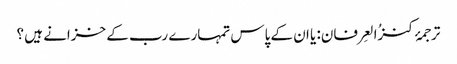
ترجمۂ کنزُالعِرفان: یا ان کے پاس تمہارے رب کے خزانے ہیں ؟